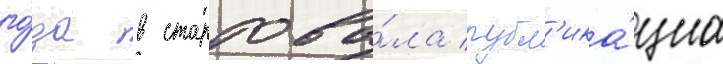
го́да в стартова́ла публ'ика́циа